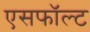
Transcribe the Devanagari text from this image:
एसफॉल्ट